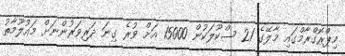
މިޕްރޮގްރާމްގައި މާލޭގެ 21 ސްކޫލަކުން 15000 އަށް ވުރެ ގިނަ ދަރިވަރުންނަށް މައުލޫމާތު